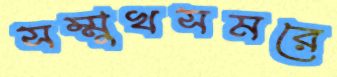
সম্মুখসমরে